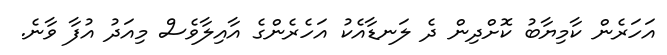
އަހަރެން ކާމިޔާބު ކޮށްދިން ދެ ލަނޑާއެކު އަހެރެންގެ އާއިލާވެސް މިއަދު އުފާ ވާނެ.